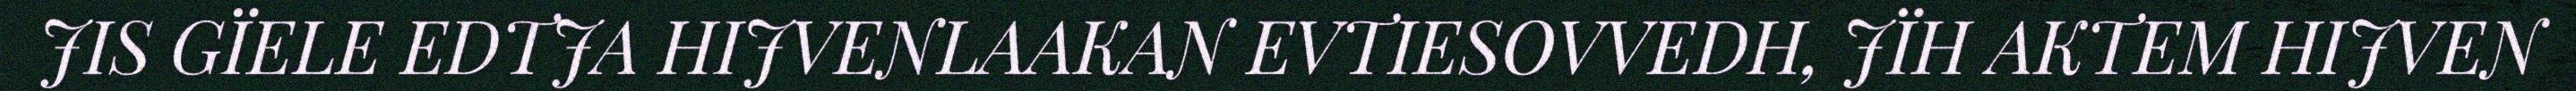
JIS GÏELE EDTJA HIJVENLAAKAN EVTIESOVVEDH, JÏH AKTEM HIJVEN